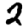
Digit: 2